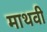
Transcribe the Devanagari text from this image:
माथवी